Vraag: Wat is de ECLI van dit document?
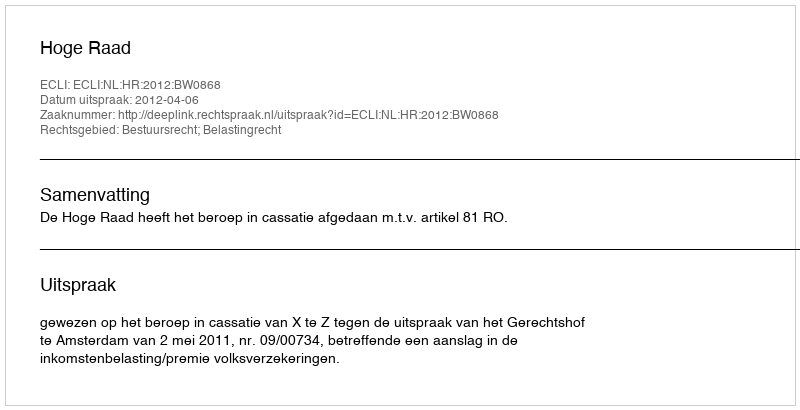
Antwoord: ECLI:NL:HR:2012:BW0868